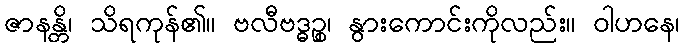
ဇာနန္တိ၊ သိရကုန်၏။ ဗလီဗဒ္ဓဉ္စ၊ နွားကောင်းကိုလည်း။ ဝါဟနေ၊